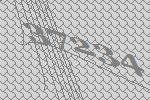
37234